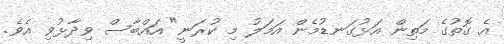
އެ ގޮތުގެ މަތިން އަޅުގަނޑުމެން އަމަލު މި ކުރަނީ" އައްބާސް ވިދާޅުވި އެވެ.